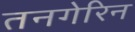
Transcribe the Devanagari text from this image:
तनगेरिन